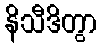
နိသီဒိတွာ